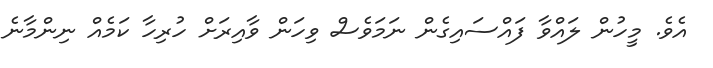
އެވެ. މީހުން ލައްވާ ފައްސައިގެން ނަމަވެސް ވިހަން ވާއިރަށް ހުރިހާ ކަމެއް ނިންމާނެ